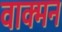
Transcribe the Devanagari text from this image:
वाक्मन